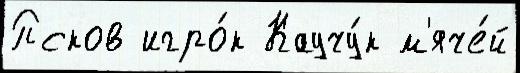
Псков игро́к Каучу́к м'яче́й